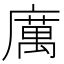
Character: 𭙿